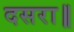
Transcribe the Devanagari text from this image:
दसरा॥